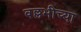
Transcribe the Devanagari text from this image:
वल्लभीच्या